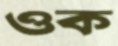
ওক